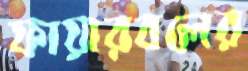
ফায়ারবলের